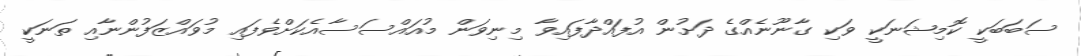
ސަބަބަކީ ކޮމިޝަނަކީ ވަކި ގާނޫނެއްގެ ދަށުން އުފައްދާފައިވާ މިނިވަން މުއައްސަސާއެކަށްވެފައި މުވައްޒަފުންނާއި ތަނަކީ